Civil Veterinary Dept. Bombay admin report 1914-1922 - 1914-1922
Year: 1914
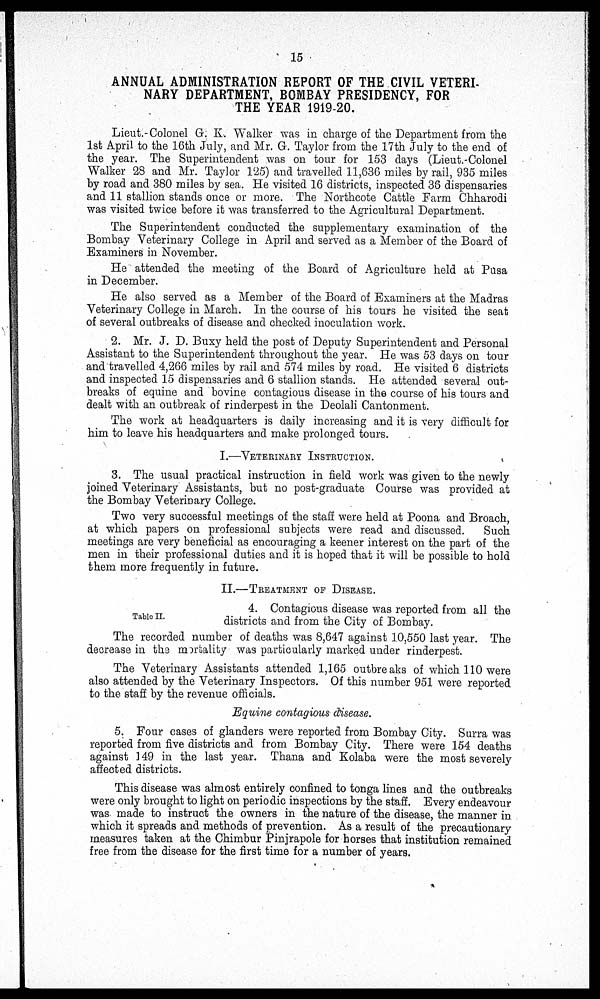
15
ANNUAL ADMINISTRATION REPORT OF THE CIVIL VETERI-
NARY DEPARTMENT, BOMBAY PRESIDENCY, FOR
THE YEAR 1919-20.
Lieut.-Colonel G. K. Walker was in charge of the Department from the
1st April to the 16th July, and Mr. G. Taylor from the 17th July to the end of
the year. The Superintendent was on tour for 153 days (Lieut.-Colonel
Walker 28 and Mr. Taylor 125) and travelled 11,636 miles by rail, 935 miles
by road and 380 miles by sea. He visited 16 districts, inspected 36 dispensaries
and 11 stallion stands once or more. The Northcote Cattle Farm Chharodi
was visited twice before it was transferred to the Agricultural Department.
The Superintendent conducted the supplementary examination of the
Bombay Veterinary College in April and served as a Member of the Board of
Examiners in November.
He attended the meeting of the Board of Agriculture held at Pusa
in December.
He also served as a Member of the Board of Examiners at the Madras
Veterinary College in March. In the course of his tours he visited the seat
of several outbreaks of disease and checked inoculation work.
2. Mr. J. D. Buxy held the post of Deputy Superintendent and Personal
Assistant to the Superintendent throughout the year. He was 53 days on tour
and travelled 4,266 miles by rail and 574 miles by road. He visited 6 districts
and inspected 15 dispensaries and 6 stallion stands. He attended several out-
breaks of equine and bovine contagious disease in the course of his tours and
dealt with an outbreak of rinderpest in the Deolali Cantonment.
The work at headquarters is daily increasing and it is very difficult for
him to leave his headquarters and make prolonged tours.
I.—VETERINARY INSTRUCTION.
3. The usual practical instruction in field work was given to the newly
joined Veterinary Assistants, but no post-graduate Course was provided at
the Bombay Veterinary College.
Two very successful meetings of the staff were held at Poona and Broach,
at which papers on professional subjects were read and discussed.
Such
meetings are very beneficial as encouraging a keener interest on the part of the
men in their professional duties and it is hoped that it will be possible to hold
them more frequently in future.
II.—TREATMENT OF DISEASE.
Table II.
4. Contagious disease was reported from all the
districts and from the City of Bombay.
The recorded number of deaths was 8,647 against 10,550 last year. The
decrease in the mortality was particularly marked under rinderpest.
The Veterinary Assistants attended 1,165 outbreaks of which 110 were
also attended by the Veterinary Inspectors. Of this number 951 were reported
to the staff by the revenue officials.
Equine contagious disease.
5. Four cases of glanders were reported from Bombay City. Surra was
reported from five districts and from Bombay City. There were 154 deaths
against 149 in the last year. Thana and Kolaba were the most severely
affected districts.
This disease was almost entirely confined to tonga lines and the outbreaks
were only brought to light on periodic inspections by the staff. Every endeavour
was made to instruct the owners in the nature of the disease, the manner in
which it spreads and methods of prevention. As a result of the precautionary
measures taken at the Chimbur Pinjrapole for horses that institution remained
free from the disease for the first time for a number of years.